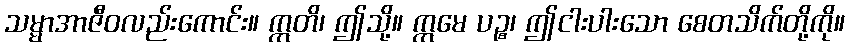
သမ္မာအာဇီဝလည်းကောင်း။ ဣတိ၊ ဤသို့။ ဣမေ ပဉ္စ၊ ဤငါးပါးသော စေတသိက်တို့ကို။